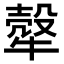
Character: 𤛓